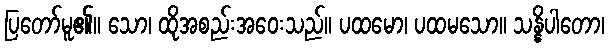
ပြတော်မူ၏။ သော၊ ထိုအစည်းအဝေးသည်။ ပထမော၊ ပထမသော။ သန္နိပါတော၊